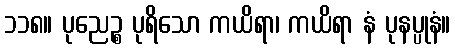
၁၁၈။ ပုညေဉ္စ ပုရိသော ကယိရာ၊ ကယိရာ နံ ပုနပ္ပုနံ။